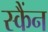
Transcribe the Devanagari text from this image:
स्कैंन